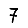
Digit: 7